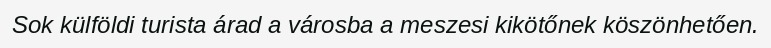
Sok külföldi turista árad a városba a meszesi kikötőnek köszönhetően.